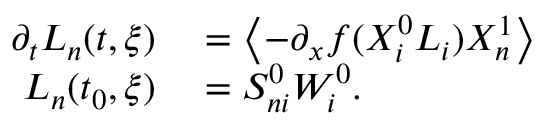
\begin{array} { r l } { \partial _ { t } L _ { n } ( t , \xi ) } & { { } = \left\langle - \partial _ { x } f ( X _ { i } ^ { 0 } L _ { i } ) X _ { n } ^ { 1 } \right\rangle } \\ { L _ { n } ( t _ { 0 } , \xi ) } & { { } = S _ { n i } ^ { 0 } W _ { i } ^ { 0 } . } \end{array}